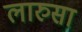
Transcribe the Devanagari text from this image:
लारुसा